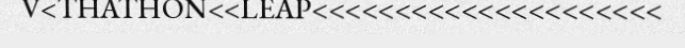
V<THATHON<<LEAP<<<<<<<<<<<<<<<<<<<<<